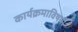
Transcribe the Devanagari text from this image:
कार्यक्रमाविषयी